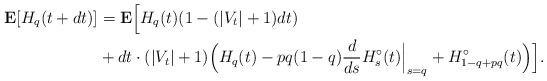
LaTeX: \begin{align*} \mathbf E[H_q(t+dt)] & = \mathbf E\Big[H_q(t)(1-(|V_t|+1)dt) \\ & + dt \cdot (|V_t|+1) \Big( H_q(t) - pq(1-q)\frac{d}{ds}H^\circ_s(t)\Big|_{s=q} + H^\circ_{1-q+pq}(t)\Big)\Big]. \end{align*}